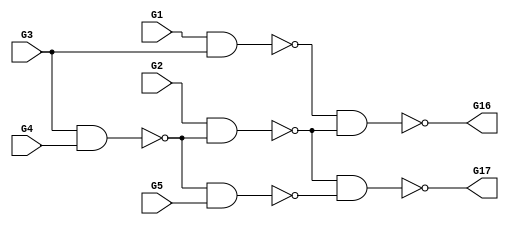
module test(G1,G16,G17,G2,G3,G4,G5);
input G1,G2,G3,G4,G5;
output G16,G17;

  wire G8,G9,G12,G15;

  nand NAND2_0(G8,G1,G3);
  nand NAND2_1(G9,G3,G4);
  nand NAND2_2(G12,G2,G9);
  nand NAND2_3(G15,G9,G5);
  nand NAND2_4(G16,G8,G12);
  nand NAND2_5(G17,G12,G15);

endmodule